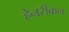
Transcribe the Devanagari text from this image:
हेनरीकन